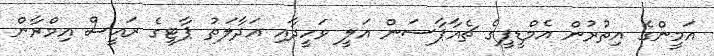
އަމީންގެ އިތުރުން އެމްޑީޕީގެ ޗެއާޕާސަން އަލީ ވަހީދާއި އަދާލަތު ޕާޓީގެ ރައީސް އިމްރާން